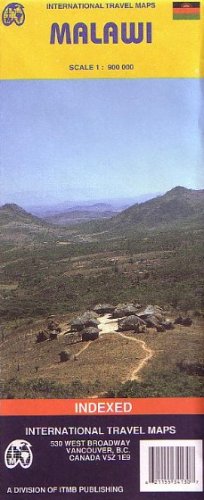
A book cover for Malawi Map by ITMB; ITMB Publishing; Travel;